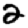
Digit: 2